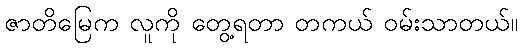
ဇာတိမြေက လူကို တွေ့ရတာ တကယ် ဝမ်းသာတယ်။